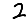
Digit: 2